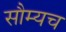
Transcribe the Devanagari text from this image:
सौम्यच